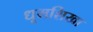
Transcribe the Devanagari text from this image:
धूमशिखा